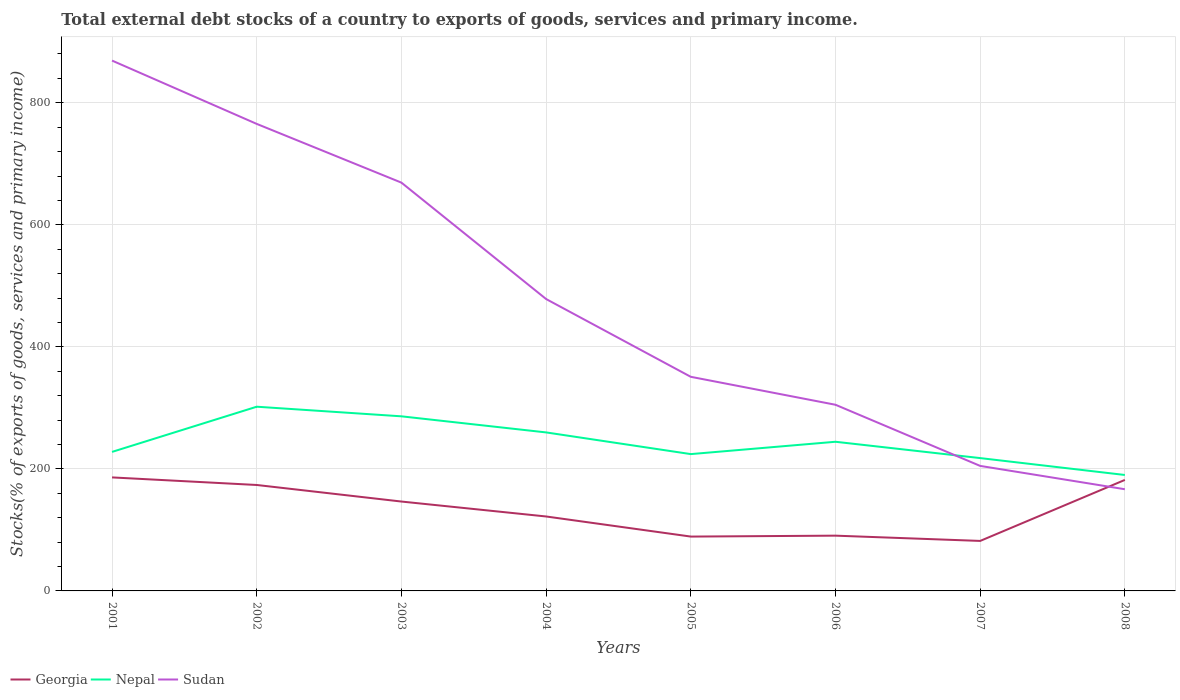
| Years | Georgia | Nepal | Sudan |
 | --- | --- | --- | --- |
 | 2001 | 186 | 228 | 869 |
 | 2002 | 174 | 302 | 765 |
 | 2003 | 146 | 286 | 669 |
 | 2004 | 122 | 260 | 478 |
 | 2005 | 89.1 | 224 | 351 |
 | 2006 | 90.6 | 244 | 305 |
 | 2007 | 81.9 | 218 | 205 |
 | 2008 | 182 | 190 | 167 |